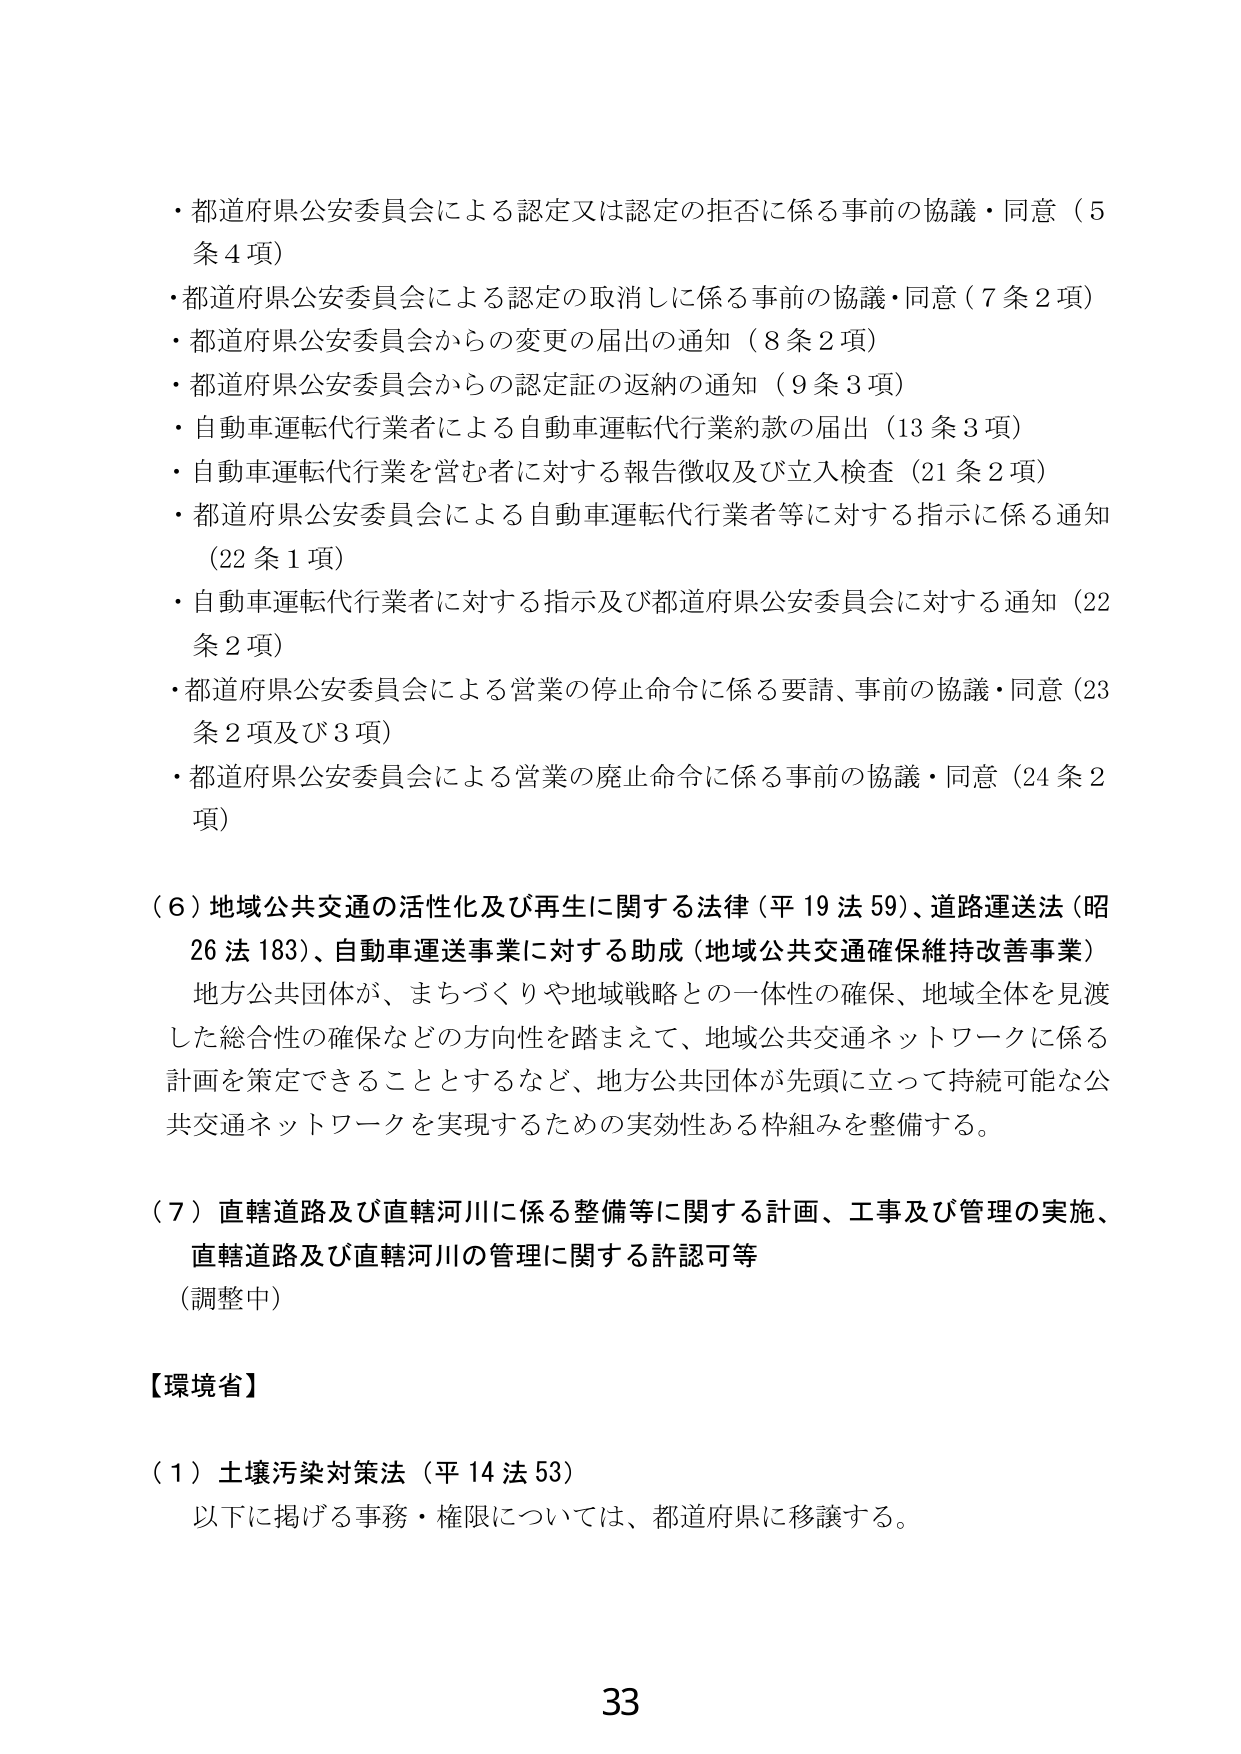
・都道府県公安委員会による認定又は認定の拒否に係る事前の協議・同意（5条4項）
・都道府県公安委員会による認定の取消しに係る事前の協議・同意（7条2項）
・都道府県公安委員会からの変更の届出の通知（8条2項）
・都道府県公安委員会からの認定証の返納の通知（9条3項）
・自動車運転代行業者による自動車運転代行業約款の届出（13条3項）
・自動車運転代行業を営む者に対する報告徴収及び立入検査（21条2項）
・都道府県公安委員会による自動車運転代行業者等に対する指示に係る通知（22条1項）
・自動車運転代行業者に対する指示及び都道府県公安委員会に対する通知（22条2項）
・都道府県公安委員会による営業の停止命令に係る要請、事前の協議・同意（23条2項及び3項）
・都道府県公安委員会による営業の廃止命令に係る事前の協議・同意（24条2項）

（６）地域公共交通の活性化及び再生に関する法律（平19法59）、道路運送法（昭26法183）、自動車運送事業に対する助成（地域公共交通確保維持改善事業）
　地方公共団体が、まちづくりや地域戦略との一体性の確保、地域全体を見渡した総合性の確保などの方向性を踏まえて、地域公共交通ネットワークに係る計画を策定できることとするなど、地方公共団体が先頭に立って持続可能な公共交通ネットワークを実現するための実効性ある枠組みを整備する。

（７）直轄道路及び直轄河川に係る整備等に関する計画、工事及び管理の実施、直轄道路及び直轄河川の管理に関する許認可等
　（調整中）

【環境省】

（１）土壌汚染対策法（平14法53）
　以下に掲げる事務・権限については、都道府県に移譲する。

33